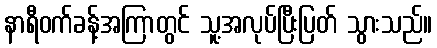
နာရီဝက်ခန့်အကြာတွင် သူ့အလုပ်ပြီးပြတ် သွားသည်။